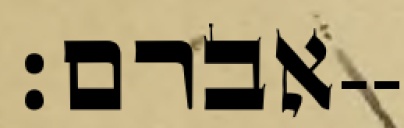
אברם׃--